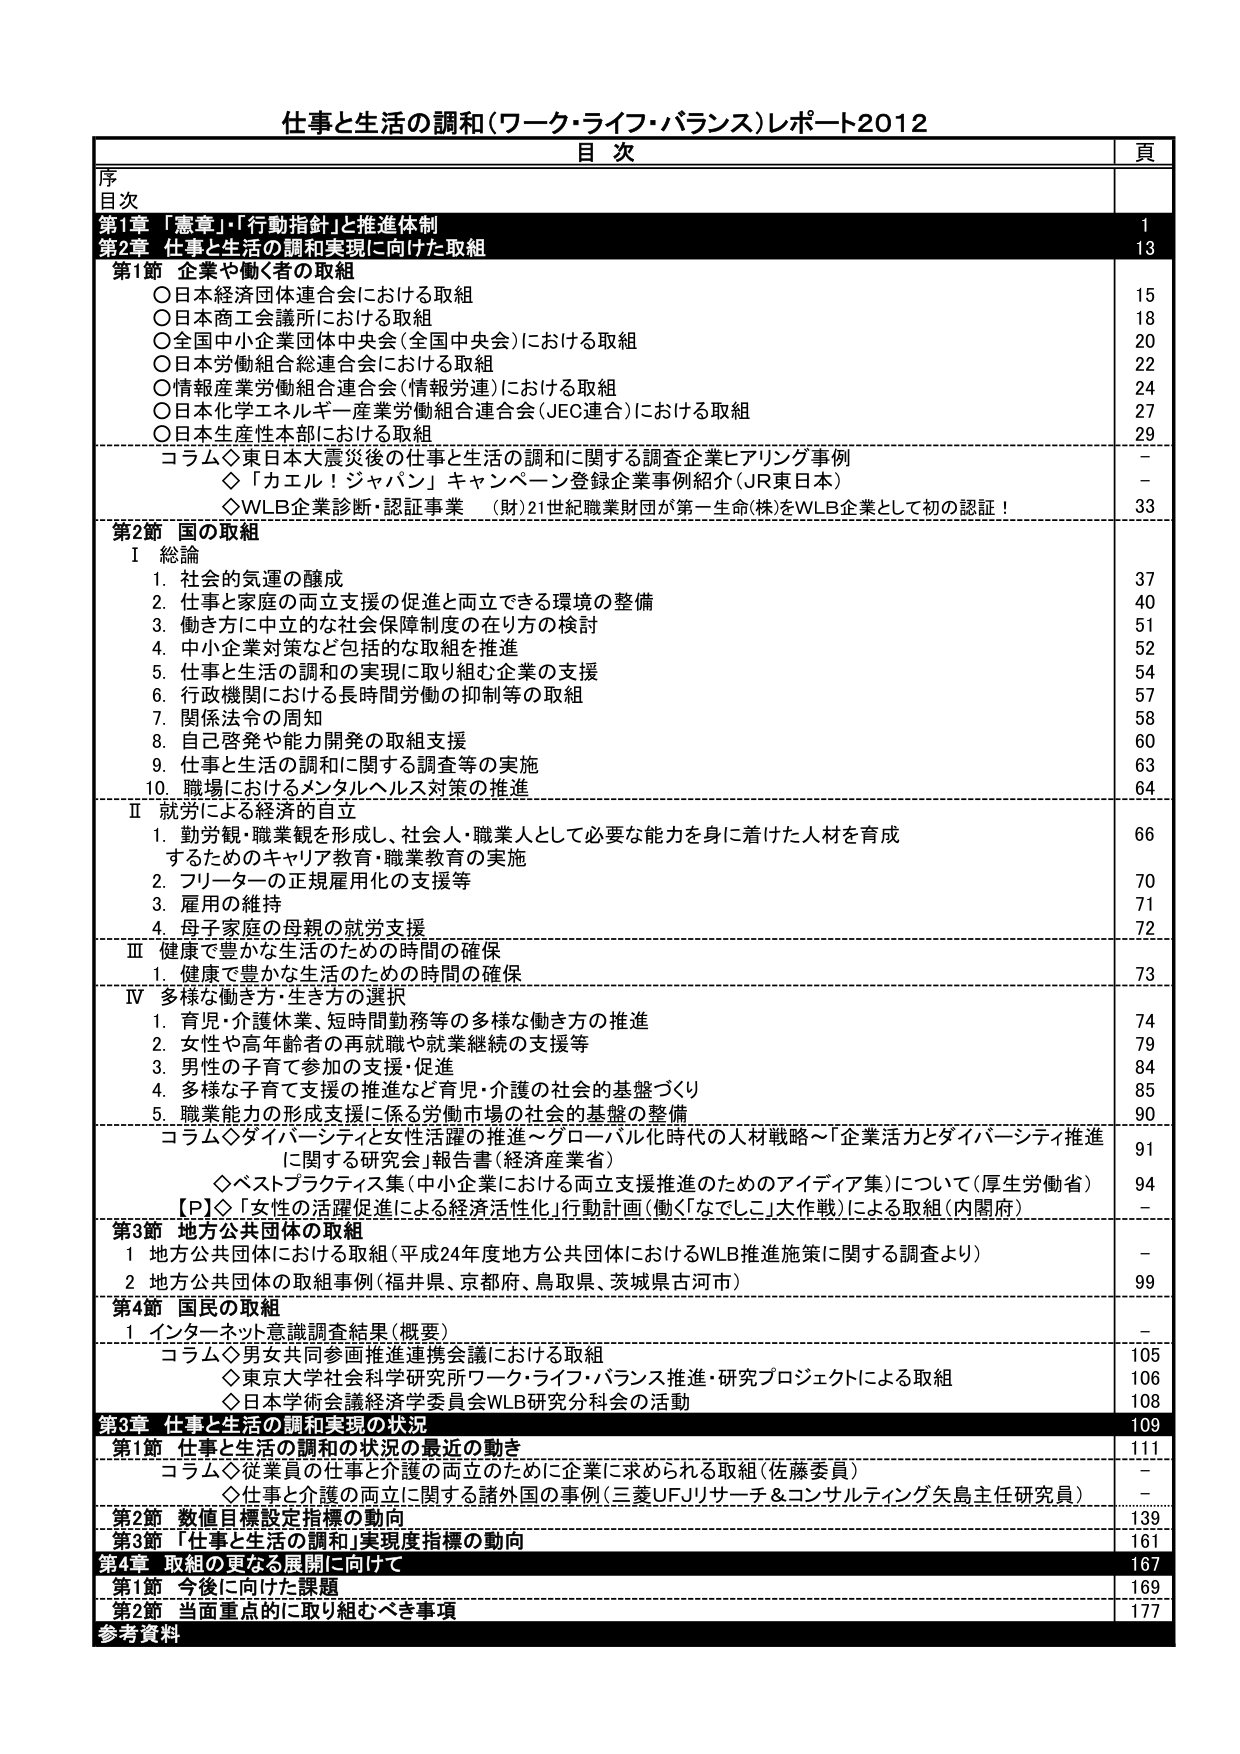
仕事と生活の調和（ワーク・ライフ・バランス）レポート2012
目 次
頁
序
目次
第1章 「憲章」・「行動指針」と推進体制 1
第2章 仕事と生活の調和実現に向けた取組 13
第1節 企業や働く者の取組
○日本経済団体連合会における取組 15
○日本商工会議所における取組 18
○全国中小企業団体中央会（全国中会）における取組 20
○日本労働組合総連合会における取組 22
○情報産業労働組合連合会（情報労連）における取組 24
○日本化学エネルギー産業労働組合連合会（JEC連合）における取組 27
○日本生産性本部における取組 29
コラム◇東日本大震災後の仕事と生活の調和に関する調査企業にアリング事例 －
◇「カエル！ジャパン」キャンペーン登録企業事例紹介（JR東日本） －
◇WLB企業診断・認証事業 （財）21世紀職業財団が第一生命（株）をWLB企業として初の認証！ 33
第2節 国の取組
Ⅰ 総論
1. 社会的気運の醸成 37
2. 仕事と家庭の両立支援の促進と両立できる環境の整備 40
3. 働き方に中立的な社会保障制度の在り方の検討 51
4. 中小企業対策など包括的な取組を推進 52
5. 仕事と生活の調和の実現に取り組む企業の支援 54
6. 行政機関における長時間労働の抑制等の取組 57
7. 関係法令の周知 58
8. 自己啓発や能力開発の取組支援 60
9. 仕事と生活の調和に関する調査等の実施 63
10. 職場におけるメンタルヘルス対策の推進 64
Ⅱ 就労による経済的自立
1. 勤労観・職業観を形成し、社会人・職業人として必要な能力を身に着けた人材を育成 66
するためのキャリア教育・職業教育の実施
2. フリーターの正規雇用化の支援等 70
3. 雇用の維持 71
4. 母子家庭の母親の就労支援 72
Ⅲ 健康で豊かな生活のための時間の確保
1. 健康で豊かな生活のための時間の確保 73
Ⅳ 多様な働き方・生き方の選択
1. 育児・介護休業、短時間勤務等の多様な働き方の推進 74
2. 女性や高年齢者の再就職や就業継続の支援等 79
3. 男性の子育て参加の支援・促進 84
4. 多様な子育て支援の推進など育児・介護の社会的基盤づくり 85
5. 職業能力の形成支援に係る労働市場の社会的基盤の整備 90
コラム◇ダイバーシティと女性活躍の推進～グローバル化時代の人材戦略～「企業活力とダイバーシティ推進 91
に関する研究会」報告書（経済産業省）
◇ベストプラクティス集（中小企業における両立支援推進のためのアイディア集）について（厚生労働省） 94
【P】◇「女性の活躍促進による経済活性化」行動計画（働く「なでしこ」大作戦）による取組（内閣府） －
第3節 地方公共団体の取組
1 地方公共団体における取組（平成24年度地方公共団体におけるWLB推進施策に関する調査より） －
2 地方公共団体の取組事例（福井県、京都府、鳥取県、茨城県古河市） 99
第4節 国民の取組
1 インターネット意識調査結果（概要） －
コラム◇男女共同参画推進連携会議における取組 105
◇東京大学社会科学研究所ワーク・ライフ・バランス推進・研究プロジェクトによる取組 106
◇日本学術会議経済学委員会WLB研究分科会の活動 108
第3章 仕事と生活の調和実現の状況 109
第1節 仕事と生活の調和の状況の最近の動き 111
コラム◇従業員の仕事と介護の両立ために企業に求められる取組（佐藤委員） －
◇仕事と介護の両立に関する諸外国の事例（三菱UFJリサーチ＆コンサルティング矢島主任研究員） －
第2節 数値目標設定指標の動向 139
第3節 「仕事と生活の調和」実現度指標の動向 161
第4章 取組の更なる展開に向けて 167
第1節 今後に向けた課題 169
第2節 当面重点的に取り組むべき事項 177
参考資料